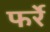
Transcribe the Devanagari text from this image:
फर्रे